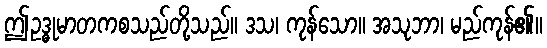
ဤဥဒ္ဓုမာတကစသည်တို့သည်။ ဒသ၊ ကုန်သော။ အသုဘာ၊ မည်ကုန်၏။